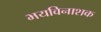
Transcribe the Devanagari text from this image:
भयविनाशक